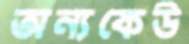
অন্যকেউ